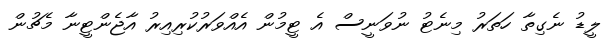
ލީޑު ނެގިތާ ހަތަރު މިނެޓު ނުވަނީސް އެ ޓީމުން އެއްވަރުކުރިއިރު އާޖެންޓީނާ މެޗުން